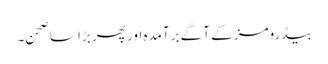
بیڈرومز کے آگے برآمدہ اور پھر بڑا سا صحن۔